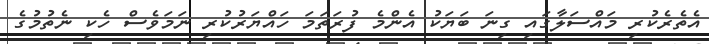
އެތެރެކުރި މައްސަލާގައި ގިނަ ބަޔަކު އެންމެ ފުރަތަމަ ހައްޔަރުކުރި ނަމަވެސް ހެކި ނެތުމުގެ